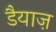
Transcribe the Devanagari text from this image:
डैयाज़